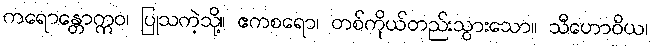
ကရောန္တောဣဝ၊ ပြုသကဲ့သို့။ ဧကစရော၊ တစ်ကိုယ်တည်းသွားသော။ သီဟောဝိယ၊